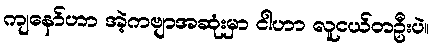
ကျနော်ဟာ အဲ့ကဗျာအဆုံးမှာ ငါဟာ လူငယ်တဦးပဲ။